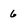
Character: 6